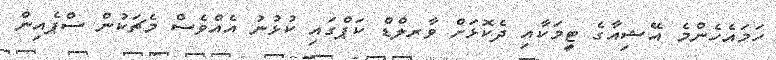
ހަމައެހެންމެ އޭޝިއާގެ ޓީމަކާއި ދެކޮޅަށް ވާރލްޑް ކަޕްގައި ކުޅުނު އެއްވެސް މެޗަކުން ސްޕެއިން